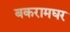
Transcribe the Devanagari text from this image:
बकरामघर